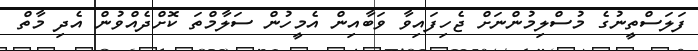
ފަލަސްތީނުގެ މުސްލިމުންނަށް ޖެހިފައިވާ ވަބާއިން އެމީހުން ސަލާމްތަ ކޮށްދެއްވުން އެދި މާތް